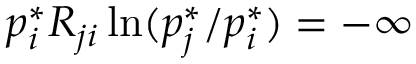
p _ { i } ^ { * } R _ { j i } \ln ( { p _ { j } ^ { * } } / { p _ { i } ^ { * } } ) = - \infty